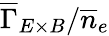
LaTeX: \overline{{\Gamma}}_{E\times B}/\overline{{n}}_{e}